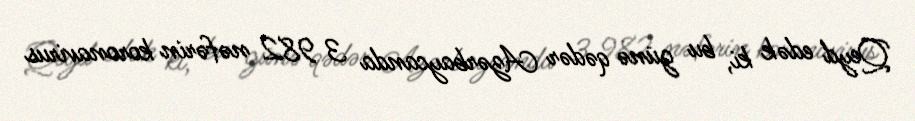
Qeyd edək ki, bu günə qədər Azərbaycanda 3 982 nəfərin koronavirus